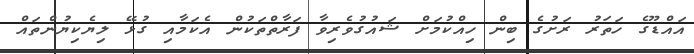
އައްޑޫގެ ހަތަރު ރަށުގެ ބިން ހިއްކުމަށް ޝައުގުވެރިވާ ފަރާތްތަކުން އެކަމާއި ގުޅޭ ލިޔެކިޔުންތައް